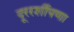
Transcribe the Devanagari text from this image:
दूररर्शीपणा